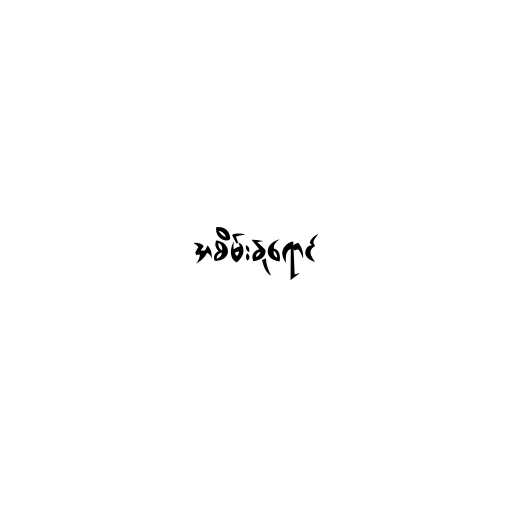
အစိမ်းနုရောင်